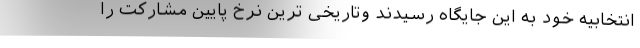
انتخابيه خود به اين جايگاه رسيدند وتاریخی ترین نرخ پایین مشارکت را